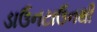
ડાઉનટાઉનથી